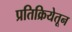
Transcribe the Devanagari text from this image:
प्रतिक्रियेतून